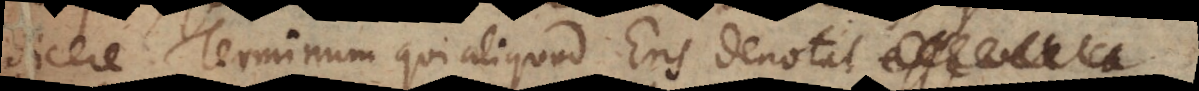
dicere Terminum qui aliquod Ens denotat